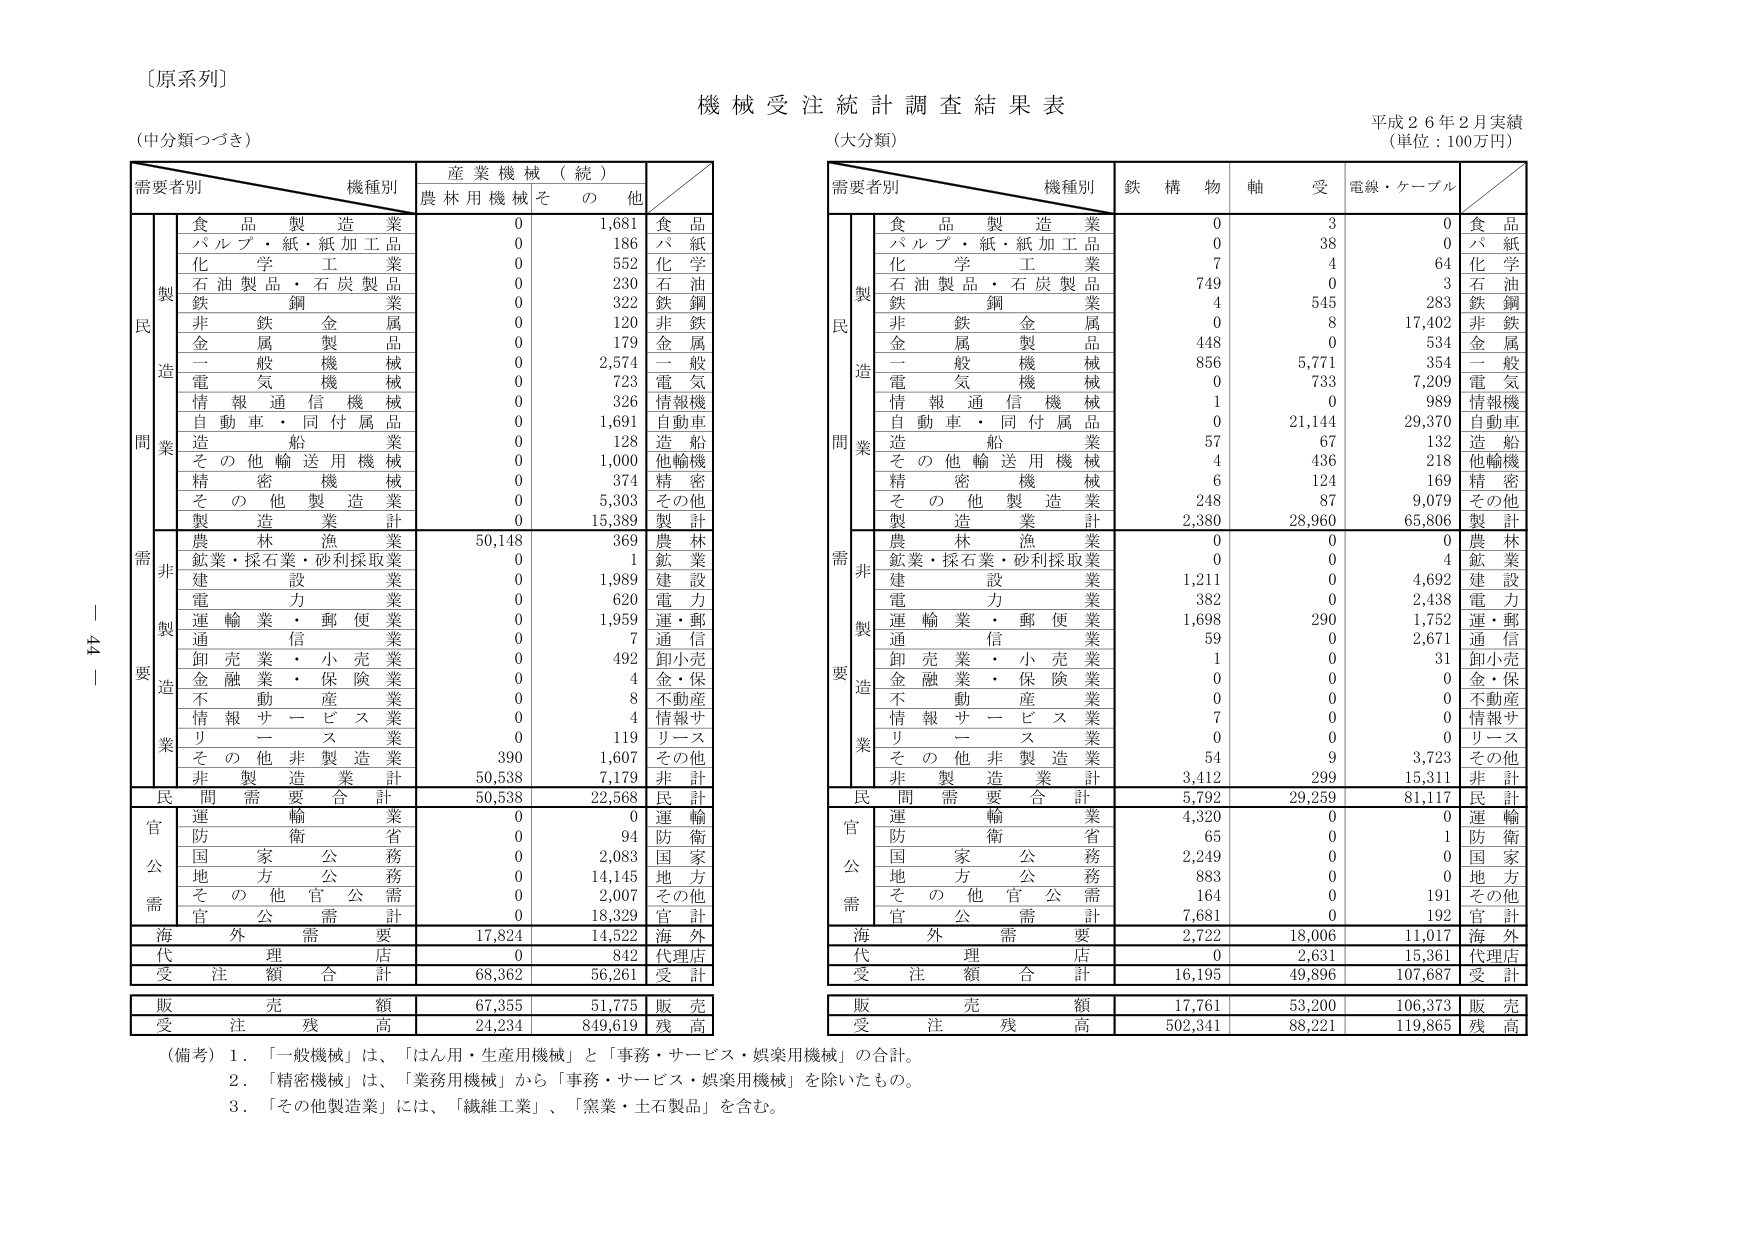
〔原系列〕
機械受注統計調査結果表
（中分類つづき）
（大分類）
平成２６年２月実績
（単位：100万円）

需要者別　　機種別　　産業機械（続）
　　　　　　　　　　　農林用機械　その他

　　　　　　　　　　食品製造業　　　　0　　　1,681　　　食品
　　　　　　　　　　パルプ・紙・紙加工品　　0　　　186　　　パルプ
　　　　　　　　　　化学工業　　　　0　　　552　　　化学
　　　　　　　　　　石油製品・石炭製品　　0　　　230　　　石油
　　　　　　　　　　鉄鋼業　　　　0　　　322　　　鉄鋼
　　　　　　　　　　非鉄金属業　　　0　　　120　　　非鉄
　　　　　　　　　　金属製品業　　　0　　　179　　　金属
　　　　　　　　　　一般機械業　　　0　　　2,574　　　一般
　　　　　　　　　　電気機械　　　0　　　723　　　電気
　　　　　　　　　　情報通信機械　　　0　　　326　　　情報機
　　　　　　　　　　自動車・同付属品　　　0　　　1,691　　　自動車
　　　　　　　　　　造船業　　　0　　　128　　　造船
　　　　　　　　　　その他輸送用機械　　　0　　　1,000　　　他輸機
　　　　　　　　　　精密機械　　　0　　　374　　　精密
　　　　　　　　　　その他製造業　　　0　　　5,303　　　その他
　　　　　　　　　　製造業計　　　0　　　15,389　　　製計

　　　　　　　　　　農林漁業　　　50,148　　　369　　　農林
　　　　　　　　　　鉱業・採石業・砂利採取業　　　0　　　1　　　鉱業
　　　　　　　　　　建設業　　　0　　　1,989　　　建設
　　　　　　　　　　電力業　　　0　　　620　　　電力
　　　　　　　　　　運輸業・郵便業　　　0　　　1,959　　　運・郵
　　　　　　　　　　通信業　　　0　　　7　　　通信
　　　　　　　　　　卸売業・小売業　　　0　　　492　　　卸小売
　　　　　　　　　　金融業・保険業　　　0　　　4　　　金・保
　　　　　　　　　　不動産業　　　0　　　8　　　不動産
　　　　　　　　　　情報サービス業　　　0　　　4　　　情報サ
　　　　　　　　　　リース業　　　0　　　119　　　リース
　　　　　　　　　　その他非製造業　　　390　　　1,607　　　その他
　　　　　　　　　　非製造業計　　　50,538　　　7,179　　　非計

　　　　　　　　　　民間需要合計　　　50,538　　　22,568　　　民計

　　　　　　　　　　運輸業　　　0　　　0　　　運輸
　　　　　　　　　　防衛省　　　0　　　94　　　防衛
　　　　　　　　　　国家公務　　　0　　　2,083　　　国家
　　　　　　　　　　地方公務　　　0　　　14,145　　　地方
　　　　　　　　　　その他官公需　　　0　　　2,007　　　その他
　　　　　　　　　　官公需計　　　0　　　18,329　　　官計

　　　　　　　　　　海外需要　　　17,824　　　14,522　　　海外

　　　　　　　　　　代理店　　　0　　　842　　　代理店

　　　　　　　　　　受注額合計　　　68,362　　　56,261　　　受計

　　　　　　　　　　販売額　　　67,355　　　51,775　　　販売
　　　　　　　　　　受注残高　　　24,234　　　849,619　　　残高

需要者別　　機種別　　鉄構物　　軸受　　電線・ケーブル

　　　　　　　　　　食品製造業　　　0　　　3　　　0　　　食品
　　　　　　　　　　パルプ・紙・紙加工品　　0　　　38　　　0　　　パルプ
　　　　　　　　　　化学工業　　　7　　　4　　　64　　　化学
　　　　　　　　　　石油製品・石炭製品　　749　　　0　　　3　　　石油
　　　　　　　　　　鉄鋼業　　　4　　　545　　　283　　　鉄鋼
　　　　　　　　　　非鉄金属業　　　0　　　8　　　17,402　　　非鉄
　　　　　　　　　　金属製品業　　　448　　　0　　　534　　　金属
　　　　　　　　　　一般機械業　　　856　　　5,771　　　354　　　一般
　　　　　　　　　　電気機械　　　0　　　733　　　7,209　　　電気
　　　　　　　　　　情報通信機械　　　1　　　0　　　989　　　情報機
　　　　　　　　　　自動車・同付属品　　　0　　　21,144　　　29,370　　　自動車
　　　　　　　　　　造船業　　　57　　　67　　　132　　　造船
　　　　　　　　　　その他輸送用機械　　　4　　　436　　　218　　　他輸機
　　　　　　　　　　精密機械　　　6　　　124　　　169　　　精密
　　　　　　　　　　その他製造業　　　248　　　87　　　9,079　　　その他
　　　　　　　　　　製造業計　　　2,380　　　28,960　　　65,806　　　製計

　　　　　　　　　　農林漁業　　　0　　　0　　　0　　　農林
　　　　　　　　　　鉱業・採石業・砂利採取業　　　0　　　0　　　4　　　鉱業
　　　　　　　　　　建設業　　　1,211　　　0　　　4,692　　　建設
　　　　　　　　　　電力業　　　382　　　0　　　2,438　　　電力
　　　　　　　　　　運輸業・郵便業　　　1,698　　　290　　　1,752　　　運・郵
　　　　　　　　　　通信業　　　59　　　0　　　2,671　　　通信
　　　　　　　　　　卸売業・小売業　　　1　　　0　　　31　　　卸小売
　　　　　　　　　　金融業・保険業　　　0　　　0　　　0　　　金・保
　　　　　　　　　　不動産業　　　0　　　0　　　0　　　不動産
　　　　　　　　　　情報サービス業　　　7　　　0　　　0　　　情報サ
　　　　　　　　　　リース業　　　0　　　0　　　0　　　リース
　　　　　　　　　　その他非製造業　　　54　　　9　　　3,723　　　その他
　　　　　　　　　　非製造業計　　　3,412　　　299　　　15,311　　　非計

　　　　　　　　　　民間需要合計　　　5,792　　　29,259　　　81,117　　　民計

　　　　　　　　　　運輸業　　　4,320　　　0　　　0　　　運輸
　　　　　　　　　　防衛省　　　65　　　0　　　1　　　防衛
　　　　　　　　　　国家公務　　　2,249　　　0　　　0　　　国家
　　　　　　　　　　地方公務　　　883　　　0　　　0　　　地方
　　　　　　　　　　その他官公需　　　164　　　0　　　191　　　その他
　　　　　　　　　　官公需計　　　7,681　　　0　　　192　　　官計

　　　　　　　　　　海外需要　　　2,722　　　18,006　　　11,017　　　海外

　　　　　　　　　　代理店　　　0　　　2,631　　　15,361　　　代理店

　　　　　　　　　　受注額合計　　　16,195　　　49,896　　　107,687　　　受計

　　　　　　　　　　販売額　　　17,761　　　53,200　　　106,373　　　販売
　　　　　　　　　　受注残高　　　502,341　　　88,221　　　119,865　　　残高

（備考）1．「一般機械」は、「はん用・生産用機械」と「事務・サービス・娯楽用機械」の合計。
　　　　2．「精密機械」は、「業務用機械」から「事務・サービス・娯楽用機械」を除いたもの。
　　　　3．「その他製造業」には、「繊維工業」、「窯業・土石製品」を含む。

44